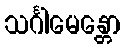
သင်္ဂါမေန္တော